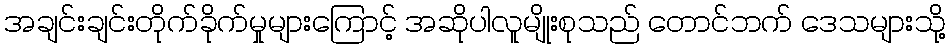
အချင်းချင်းတိုက်ခိုက်မှုများကြောင့် အဆိုပါလူမျိုးစုသည် တောင်ဘက် ဒေသများသို့